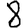
Digit: 8